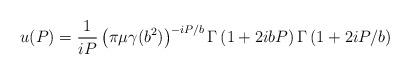
LaTeX: \begin{align*}u(P)=\frac1{iP}\left( \pi\mu\gamma(b^{2})\right) ^{-iP/b}\Gamma\left(1+2ibP\right) \Gamma\left( 1+2iP/b\right)\end{align*}